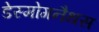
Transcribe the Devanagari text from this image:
डेस्मोगनैथस